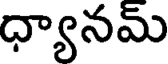
ధ్యానమ్